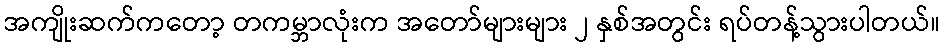
အကျိုးဆက်ကတော့ တကမ္ဘာလုံးက အတော်များများ ၂ နှစ်အတွင်း ရပ်တန့်သွားပါတယ်။